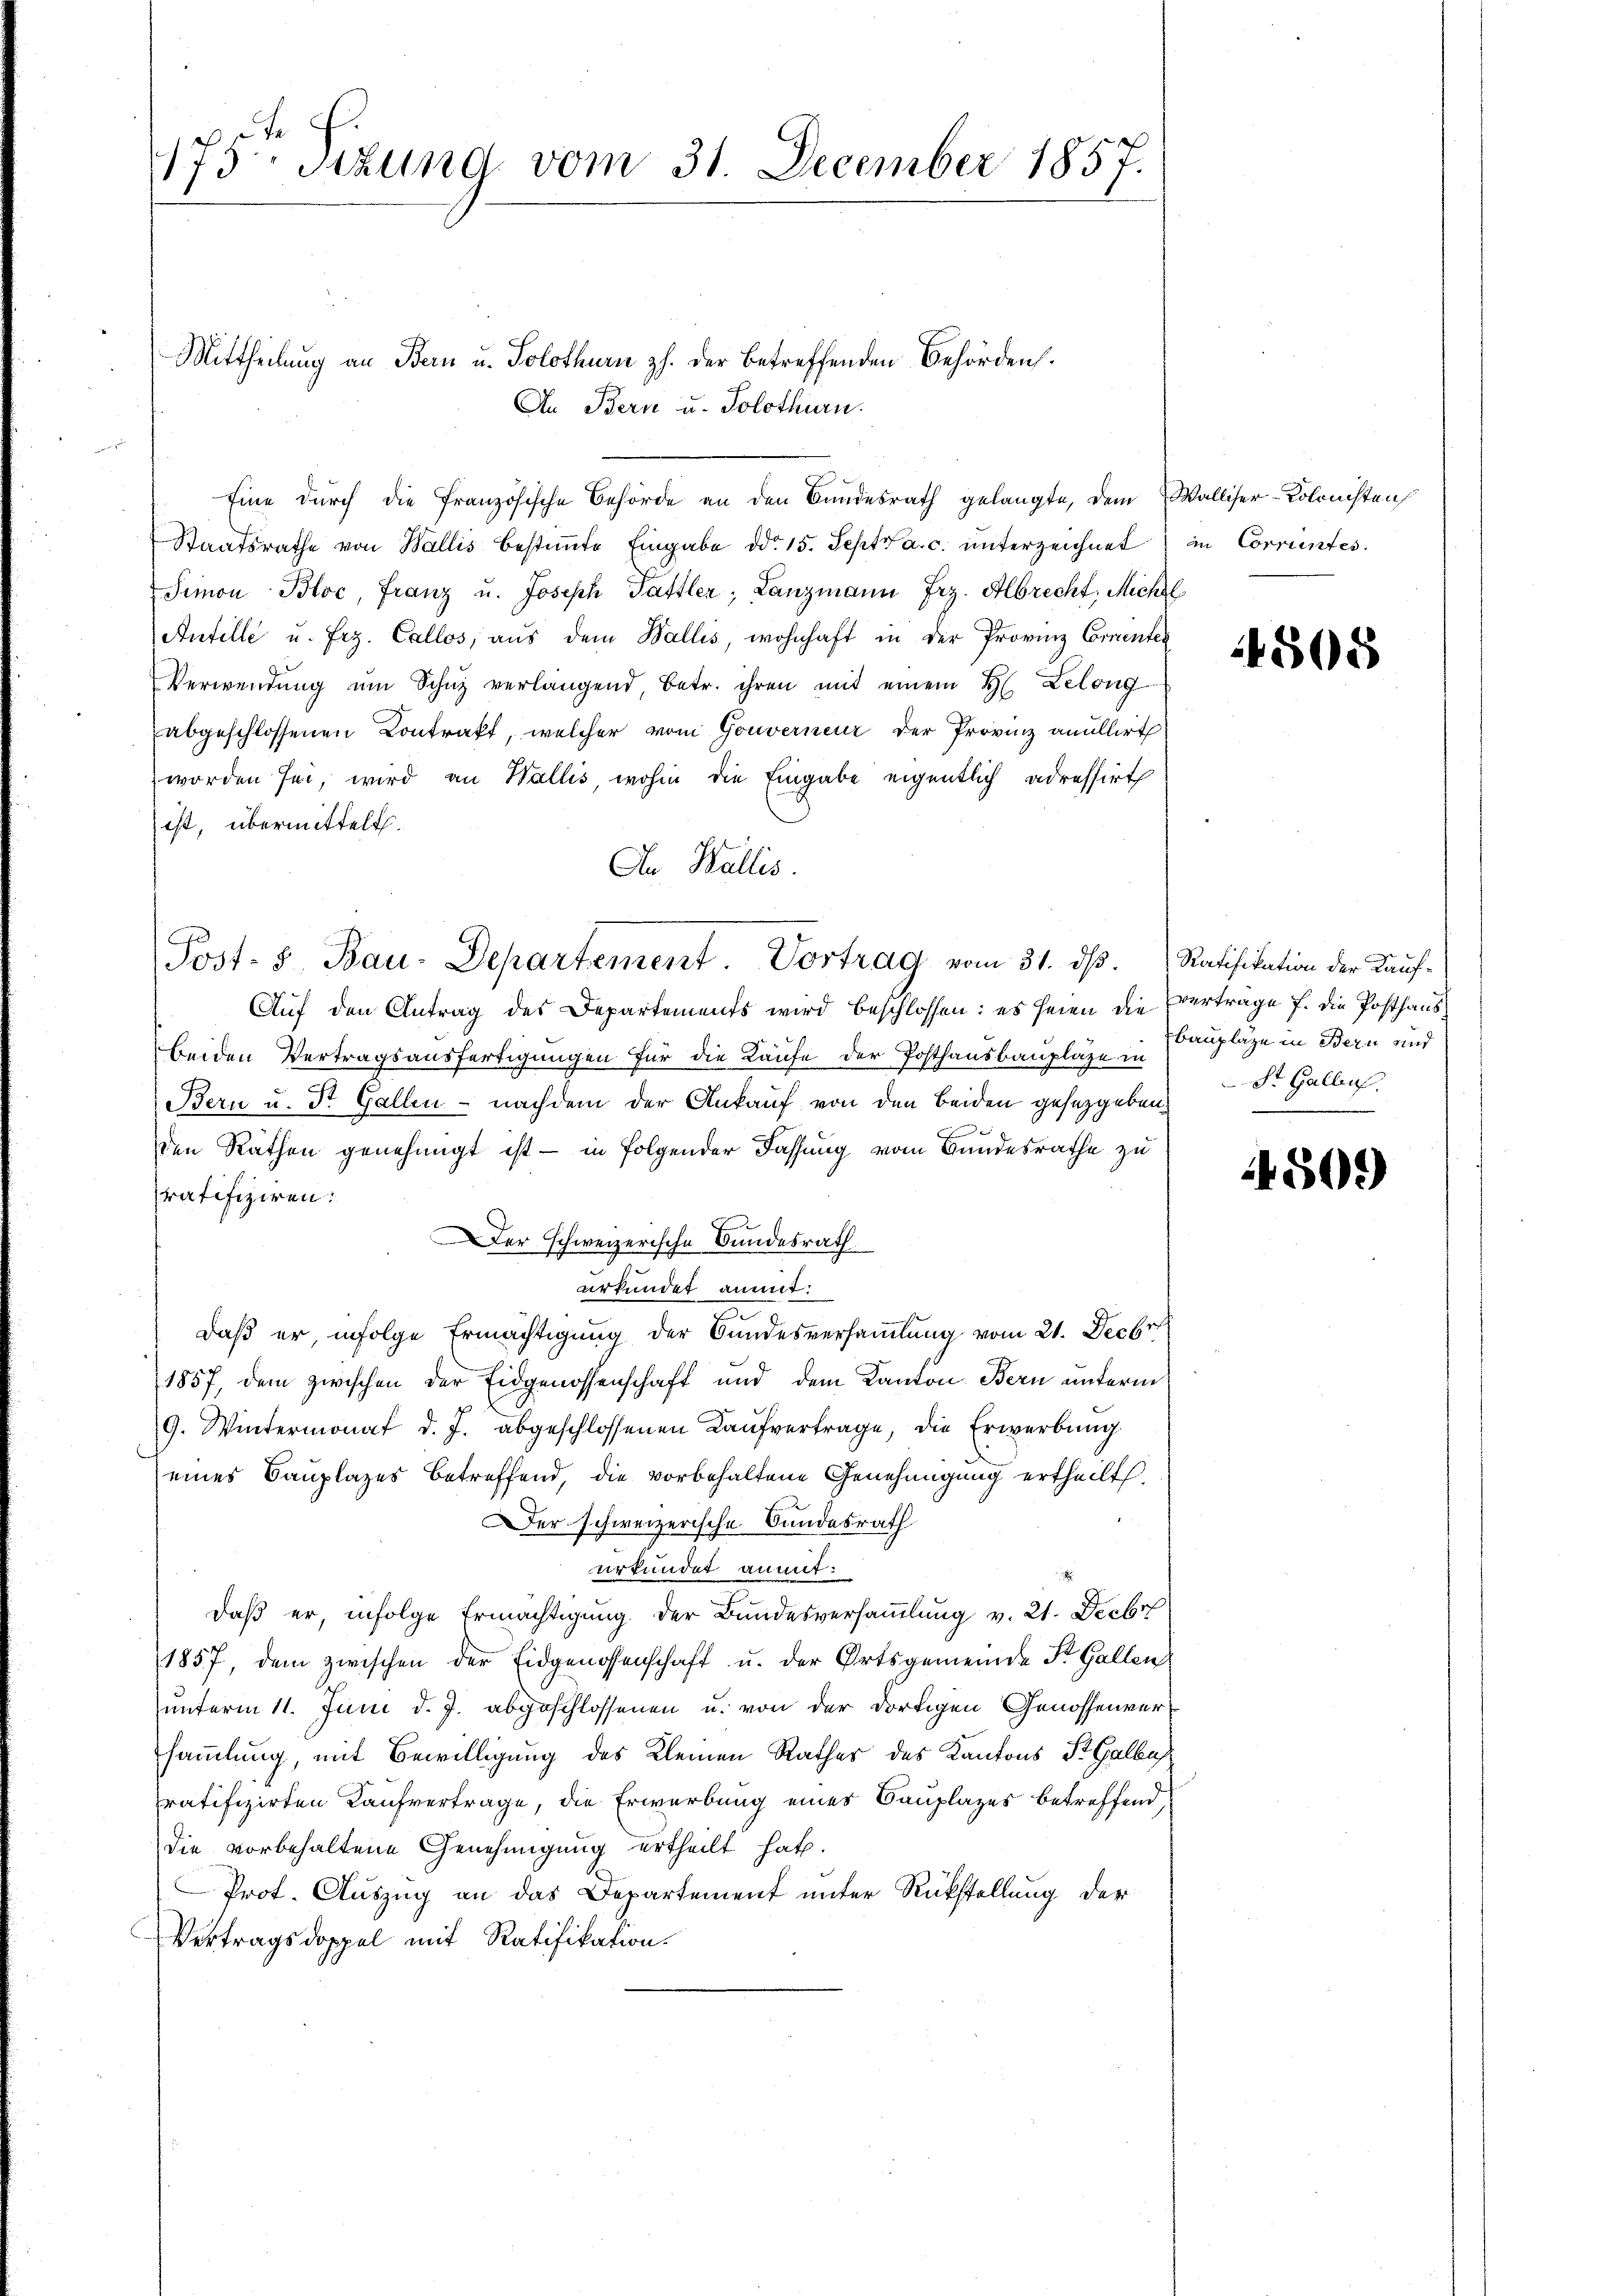
1175 Sizung vom 31. December 1857.

Mittheilung an Bern u. Solothurn z. der betreffenden Behörden.
An Bern u. Solothurn.
Eine durch die französische Behörde an den Bundesrath gelangte, dem Walliser-Kolrichten
Staatsrathe von Wallis bestimmte Eingabe ddo. 15. Sept. a. c. unterzeichnet in Correntes.
Simon Bloc, Franz u. Joseph Pättler, Lanzmann Frz. Albrecht, Michl
Antille u. Frz. Callos, aus dem Wallis, wohnhaft in der Provinz Comenten
Verwendŭng ŭm Schaz verlangend, betr. ihren mit einem H. Lelong
abgeschlossenen Contrakt, welcher vom Gouverneur der Provinz anullirt
 worden sei, wird an Wallis, wohin die Eingabe eigentlich adressirt
ist, übermittelt.
An Wallis.
Auf den Antrag des Departements wird beschlossen: es seien die Vertrage f. die Posthaus
beiden Vertragsausfertigungen für die Kaufe der Posthausbauplaze in
Bern u. Dr. Gallen - nachdem der Ankauf von den beiden gesetzgeben,
e
den Räthen genehmigt ist - in folgender Fassung vom Bundesrathe zu
ratifiziren:
Der schweizerische Bundesrath.
urkundet anmit:
daß er, infolge Ermächtigung der Bundesversammlung vom 21. Decbr
1857, dem zwischen der Eidgenossenschaft und dem Kanton Bern unterm
9. Wintermonat d. J. abgeschlossenen Kaufvertrage, die Erwerbung
eines Bauplazes betreffend, die vorbehaltene Genehmigung ertheilt.
er schweizerische Bundesrath
urkundet anmit:
daß er, infolge Ermächtigung der Bundesversammlung v. 21. Decbr
1857, dem zwischen der Eidgenossenschaft u. der Ortsgemeinde St. Gallen
unterm 11. Juni d. J. abgeschlossenen u. von der dortigen Genossenversammlung, mit Bewilligung des Kleinen Rathes des Kantons St. Galbu
ratifizirten Kaufvertrage, die Erwerbung eines Bauplazes betreffend
die vorbehaltene Genehmigung ertheilt hat.
Prot. Auszug an das Departement unter Rückstellung der
Vertragsdoppel mit Ratifikation.

Post- & Bau-Departement Vortrag vom 31. ds. Ratifikation der Kauf¬

4505

Bauplaze in Bern und
St. Gallens

4509)